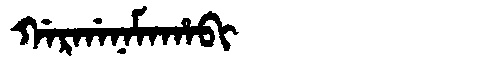
Manchu: ᡤᠠᡵᡤᠠᠨᠠᠮᠠᡥᠠᠪᡳ
Romanization: GARGANAMAHABI